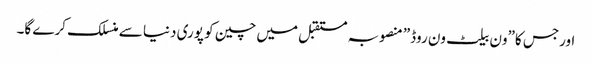
اورجس کا”ون بیلٹ ون روڈ” منصوبہ مستقبل میں چین کو پوری دنیا سے منسلک کرے گا۔